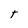
Character: T